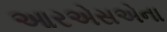
આરએસએના